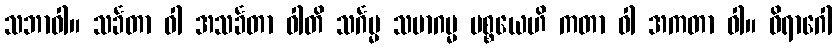
သဘာဝါ။ သင်္ခတာ ဝါ အသင်္ခတာ ဝါတိ သင်္ဂမ္မ သမာဂမ္မ ပစ္စယေဟိ ကတာ ဝါ အကတာ ဝါ။ ဝိရာဂေါ